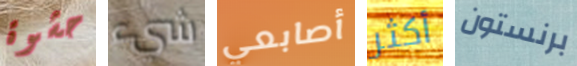
حشوة شيء أصابعي أكثر برنستون